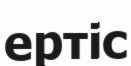
ертіс